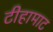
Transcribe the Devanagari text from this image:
टीहामाट